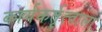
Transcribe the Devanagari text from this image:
कार्यकर्तृत्वाला